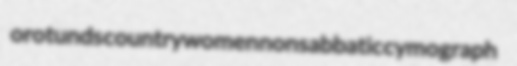
orotunds countrywomen nonsabbatic cymograph